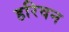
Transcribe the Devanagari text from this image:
हरिवन